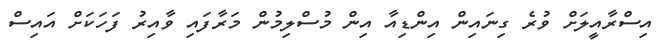
އިސްރާއީލަށް ވުރެ ގިނައިން އިންޑިއާ އިން މުސްލިމުން މަރާފައި ވާއިރު ފަހަކަށް އައިސް